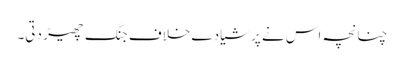
چنانچہ اس نے پرشیا دے خلاف جنگ چھیڑ دتی۔